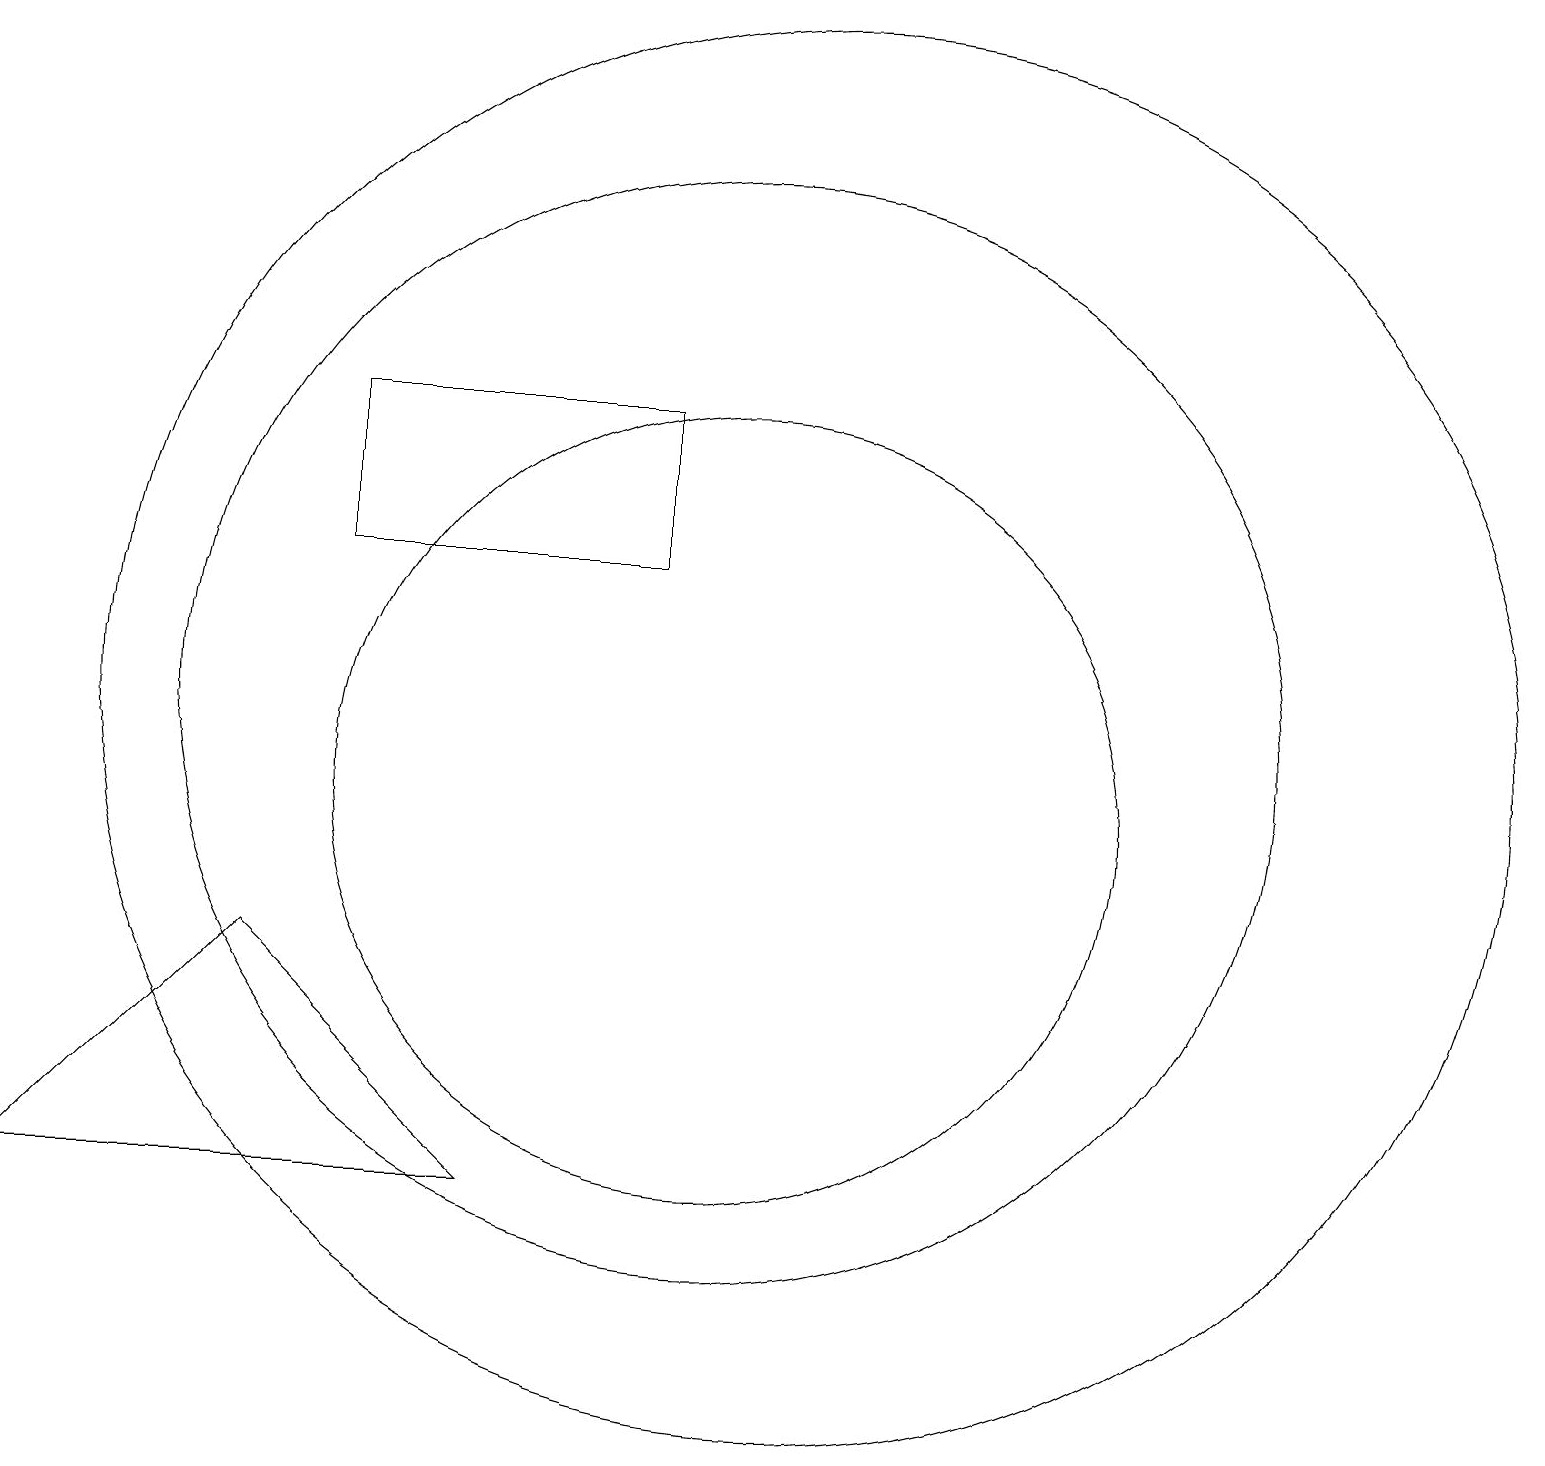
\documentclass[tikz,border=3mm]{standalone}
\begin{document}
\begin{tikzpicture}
\draw (11,11) circle (9);
\draw (10,10) circle (5);
\draw (9,13) rectangle (5,15);
\draw (10,11) circle (7);
\draw (1,5) -- (7,5) -- (4,8) -- cycle;
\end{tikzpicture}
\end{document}